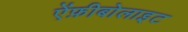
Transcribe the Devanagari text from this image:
ऐंफ़ीबोलाइट